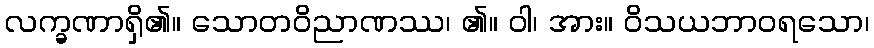
လက္ခဏာရှိ၏။ သောတဝိညာဏဿ၊ ၏။ ဝါ၊ အား။ ဝိသယဘာဝရသော၊